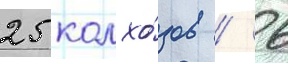
25 колхо́зов / 6